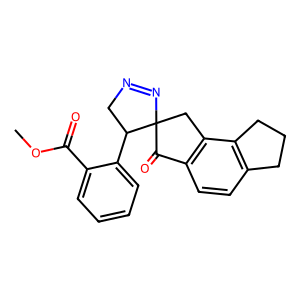
SMILES: COC(=O)c1ccccc1C1CN=NC12Cc1c(ccc3c1CCC3)C2=O
Inhibits HIV replication: No